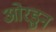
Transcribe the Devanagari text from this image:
ओरडुन